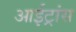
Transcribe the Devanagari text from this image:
आईट्रांस